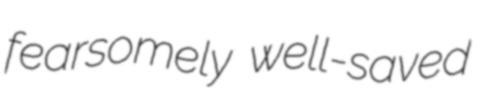
fearsomely well-saved